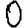
Digit: 0